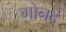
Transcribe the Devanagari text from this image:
गोनदं